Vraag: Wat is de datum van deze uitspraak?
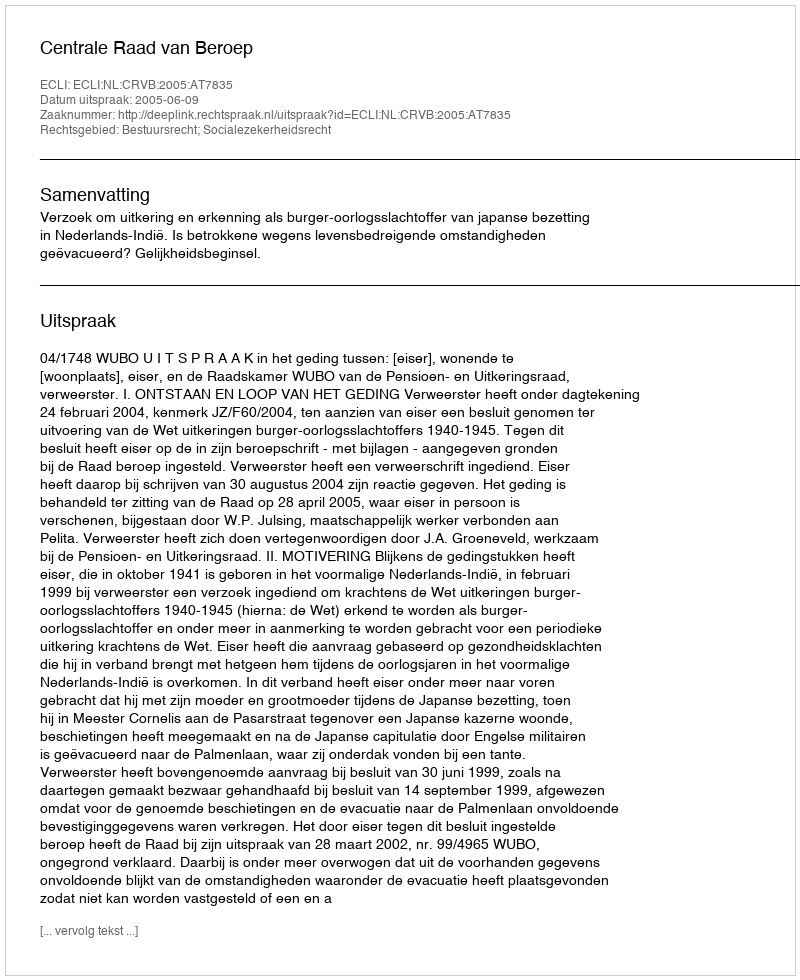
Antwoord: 2005-06-09